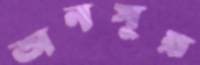
অনসূয়